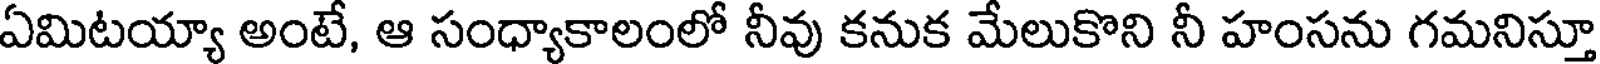
ఏమిటయ్యా అంటే, ఆ సంధ్యాకాలంలో నీవు కనుక మేలుకొని నీ హంసను గమనిస్తూ